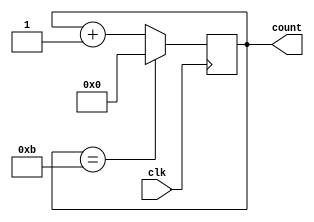
/// sta-blackbox
module contador13(
    output reg [3:0] count=0,
    input  clk
    );
    
    always @(posedge clk)
        if(count == 4'd11)
            count <= 4'b0;
        else
        count <= count + 1'b1;
endmodule

module ita13(
`ifdef USE_POWER_PINS
    inout vdd,	// User area 1 1.8V supply
    inout vss,	// User area 1 digital ground
`endif
    input clk,
    output reg [11:0] sel,
    output reg [13:0] segm
    );
wire [3:0] cont;
contador13 dut13(
.clk(clk),
.count(cont)
);
reg [13:0] a = 14'b11101111000000;
//reg [13:0] b = 14'b11110001010010;
reg [13:0] c = 14'b10011100000000;
//reg [13:0] d = 14'b11110000010010;
//reg [13:0] e = 14'b10011110000000;
//reg [13:0] f = 14'b10001110000000;
//reg [13:0] g = 14'b10111101000000;
//reg [13:0] h = 14'b01101111000000;
reg [13:0] i = 14'b10010000010010;
//reg [13:0] j = 14'b01111000000000;
//reg [13:0] k = 14'b00001110001100;
//reg [13:0] l = 14'b00011100000000;
//reg [13:0] m = 14'b01101100101000;
reg [13:0] n = 14'b01101100100100;
//reg [13:0] nn = 14'b10101011000000;
reg [13:0] o = 14'b11111100000000;
//reg [13:0] p = 14'b11001111000000;
//reg [13:0] q = 14'b11111100000100;
//reg [13:0] r = 14'b11001111000100;
reg [13:0] s = 14'b10110111000000;
//reg [13:0] t = 14'b10000000010010;
//reg [13:0] u = 14'b01111100000000;
//reg [13:0] v = 14'b00001100001001;
//reg [13:0] w = 14'b01101100000101;
//reg [13:0] x = 14'b00000000101101;
//reg [13:0] y = 14'b00000000101010;
//reg [13:0] z = 14'b10010000001001;
reg [13:0] uno = 14'b01100000001000;
//reg [13:0] dos = 14'b11011011000000;
//reg [13:0] tres = 14'b11110001000000;
//reg [13:0] cuatro = 14'b01100111000000;
//reg [13:0] cinco = 14'b10110111000000;
//reg [13:0] seis = 14'b10111111000000;
//reg [13:0] siete = 14'b11100000000000;
//reg [13:0] ocho = 14'b11111111000000;
reg [13:0] nueve = 14'b11110111000000;
//reg [13:0] cero = 14'b11111100001001;
reg [13:0] space = 14'b00000000000000;
always@(posedge clk)
begin
    if(cont==4'b0000)
    begin
    //1
        sel<=12'b000000000001;
        segm<=n;
    end

    if(cont==4'b0001)
    begin
    //2    
        sel<=12'b000000000010;
        segm<=i;
    end

    if(cont==4'b0010)
    begin
    //3    
        sel<=12'b000000000100;
        segm<=c;
    end

    if(cont==4'b0011)
    begin
    //4    
        sel<=12'b000000001000;
        segm<=a;
    end

    if(cont==4'b0100)
    begin
    //5    
        sel<=12'b000000010000;
        segm<=s;
    end

    if(cont==4'b0101)
    begin
    //6    
        sel<=12'b000000100000;
        segm<=i;
    end

    if(cont==4'b0110)
    begin
    //7    
        sel<=12'b000001000000;
        segm<=o;
    end 

    if(cont==4'b0111)
    begin
    //8    
        sel<=12'b000010000000;
        segm<=space;
    end 

    if(cont==4'b1000)
    begin
    //9    
        sel<=12'b000100000000;
        segm<=space;
    end

    if(cont==4'b1001)
    begin
    //10    
        sel<=12'b001000000000;
        segm<=uno;
    end
    
    if(cont==4'b1010)
    begin
    //11   
        sel<=12'b010000000000;
        segm<=nueve;
    end
    
    if(cont==4'b1011)
    begin
    //12   
        sel<=12'b100000000000;
        segm<=space;
    end
end
endmodule
//nicasio__19_